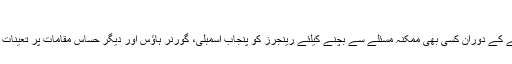
رینجرز طلب
کل متحدہ اپوزیشن کے جلسے کے دوران کسی بھی ممکنہ مسئلے سے بچنے کیلئے رینجرز کو پنجاب اسمبلی، گورنر ہاؤس اور دیگر حساس مقامات پر تعینات کرنے کا فیصلہ کیا گیا ہے۔